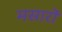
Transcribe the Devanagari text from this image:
मसारों